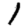
Digit: 1